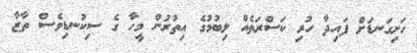
ހަށިގަނޑަށް ފައިދާ ހުރި ކަސްރަތެއް ލިބުމުގެ އިތުރުން މީހާ ގެ ސިކުނޑިވެސް ތާޒާ